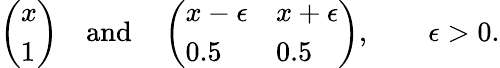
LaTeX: \left(\begin{array}{l}{x}\\ {1}\end{array}\right)\quad\mathrm{and}\quad\left(\begin{array}{ll}{x-\epsilon}&{x+\epsilon}\\ {0.5}&{0.5}\end{array}\right),\qquad\epsilon>0.